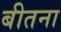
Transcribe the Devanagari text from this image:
बीतना